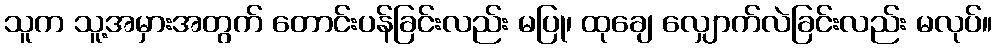
သူက သူ့အမှားအတွက် တောင်းပန်ခြင်းလည်း မပြု၊ ထုချေ လျှောက်လဲခြင်းလည်း မလုပ်။